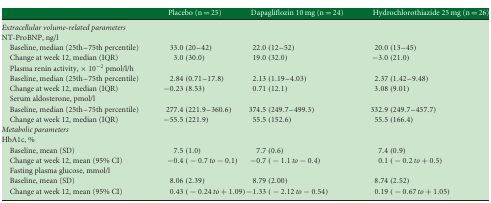
<table><thead><tr><td></td><td><b>Placebo (n = 25)</b></td><td><b>Dapagliflozin 10 mg (n = 24)</b></td><td><b>Hydrochlorothiazide 25 mg (n = 26)</b></td></tr></thead><tbody><tr><td><i>Extracellular volume-related parameters</i></td><td></td><td></td><td></td></tr><tr><td>NT-ProBNP, ng/l</td><td></td><td></td><td></td></tr><tr><td>Baseline, median (25th–75th percentile)</td><td>33.0 (20–42)</td><td>22.0 (12–52)</td><td>20.0 (13–45)</td></tr><tr><td>Change at week 12, median (IQR)</td><td>3.0 (30.0)</td><td>19.0 (32.0)</td><td>−3.0 (21.0)</td></tr><tr><td>Plasma renin activity, × 10<sup>−2</sup> pmol/l/h</td><td></td><td></td><td></td></tr><tr><td>Baseline, median (25th–75th percentile)</td><td>2.84 (0.71–17.8)</td><td>2.13 (1.19–4.03)</td><td>2.37 (1.42–9.48)</td></tr><tr><td>Change at week 12, median (IQR)</td><td>−0.23 (8.53)</td><td>0.71 (12.1)</td><td>3.08 (9.01)</td></tr><tr><td>Serum aldosterone, pmol/l</td><td></td><td></td><td></td></tr><tr><td>Baseline, median (25th–75th percentile)</td><td>277.4 (221.9–360.6)</td><td>374.5 (249.7–499.3)</td><td>332.9 (249.7–457.7)</td></tr><tr><td>Change at week 12, median (IQR)</td><td>−55.5 (221.9)</td><td>55.5 (152.6)</td><td>55.5 (166.4)</td></tr><tr><td><i>Metabolic parameters</i></td><td></td><td></td><td></td></tr><tr><td>HbA1c, %</td><td></td><td></td><td></td></tr><tr><td>Baseline, mean (SD)</td><td>7.5 (1.0)</td><td>7.7 (0.6)</td><td>7.4 (0.9)</td></tr><tr><td>Change at week 12, mean (95% CI)</td><td>−0.4 (−0.7 to −0.1)</td><td>−0.7 (−1.1 to −0.4)</td><td>0.1 (−0.2 to +0.5)</td></tr><tr><td>Fasting plasma glucose, mmol/l</td><td></td><td></td><td></td></tr><tr><td>Baseline, mean (SD)</td><td>8.06 (2.39)</td><td>8.79 (2.00)</td><td>8.74 (2.52)</td></tr><tr><td>Change at week 12, mean (95% CI)</td><td>0.43 (−0.24to +1.09)</td><td>−1.33 (−2.12 to −0.54)</td><td>0.19 (−0.67 to +1.05)</td></tr></tbody></table>